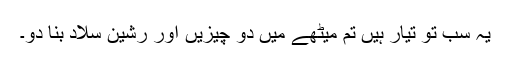
یہ سب تو تیار ہیں تم میٹھے میں دو چیزیں اور رشین سلاد بنا دو۔